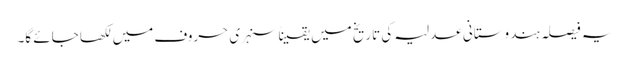
یہ فیصلہ ہندوستانی عدلیہ کی تاریخ میں یقیناً سنہری حروف میں لکھا جائے گا۔